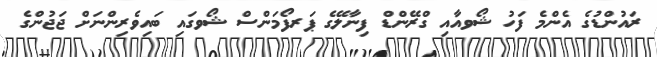
ރައުންޑުގެ އެންމެ ފަހު ޝޯވއާއި ގްރޭންޑް ފިނާލޭގެ ޕަރފޯމަންސް ޝޯވގައި ބައިވެރިންނަށް ޖަޖުންގެ